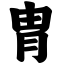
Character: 胄